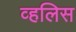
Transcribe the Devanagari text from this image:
व्हलिस